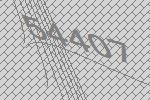
54407